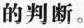
的判断。